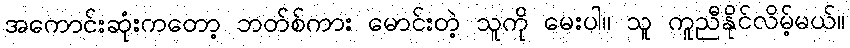
အကောင်းဆုံးကတော့ ဘတ်စ်ကား မောင်းတဲ့ သူကို မေးပါ။ သူ ကူညီနိုင်လိမ့်မယ်။